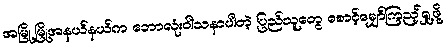
အမြို့မြို့အနယ်နယ်က ဘောလုံးဝါသနာပါတဲ့ ပြည်သူတွေ စောင့်မျှော်ကြည့်ရှု့ဖို့